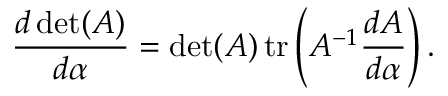
{ \frac { d \operatorname* { d e t } ( A ) } { d \alpha } } = \operatorname* { d e t } ( A ) \operatorname { t r } \left( A ^ { - 1 } { \frac { d A } { d \alpha } } \right) .